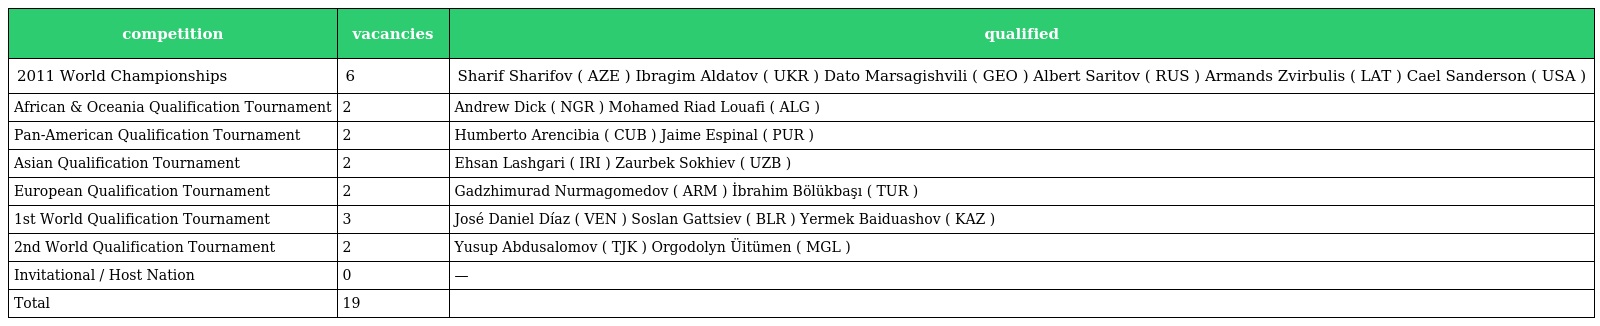
| competition | vacancies | qualified |
 | --- | --- | --- |
 | 2011 World Championships | 6 | Sharif Sharifov ( AZE ) Ibragim Aldatov ( UKR ) Dato Marsagishvili ( GEO ) Albert Saritov ( RUS ) Armands Zvirbulis ( LAT ) Cael Sanderson ( USA ) |
 | African & Oceania Qualification Tournament | 2 | Andrew Dick ( NGR ) Mohamed Riad Louafi ( ALG ) |
 | Pan-American Qualification Tournament | 2 | Humberto Arencibia ( CUB ) Jaime Espinal ( PUR ) |
 | Asian Qualification Tournament | 2 | Ehsan Lashgari ( IRI ) Zaurbek Sokhiev ( UZB ) |
 | European Qualification Tournament | 2 | Gadzhimurad Nurmagomedov ( ARM ) İbrahim Bölükbaşı ( TUR ) |
 | 1st World Qualification Tournament | 3 | José Daniel Díaz ( VEN ) Soslan Gattsiev ( BLR ) Yermek Baiduashov ( KAZ ) |
 | 2nd World Qualification Tournament | 2 | Yusup Abdusalomov ( TJK ) Orgodolyn Üitümen ( MGL ) |
 | Invitational / Host Nation | 0 | — |
 | Total | 19 |  |